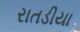
રાતડીયા